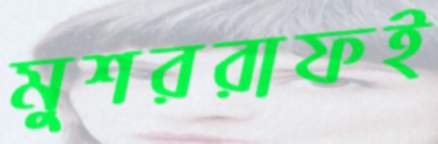
মুশররাফই